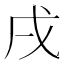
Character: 戌